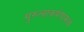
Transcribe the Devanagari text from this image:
गुरुत्वाकर्षणामध्ये